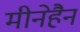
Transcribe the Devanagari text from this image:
मीनेहैन